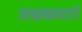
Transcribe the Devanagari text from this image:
अभ्रकमार्ग